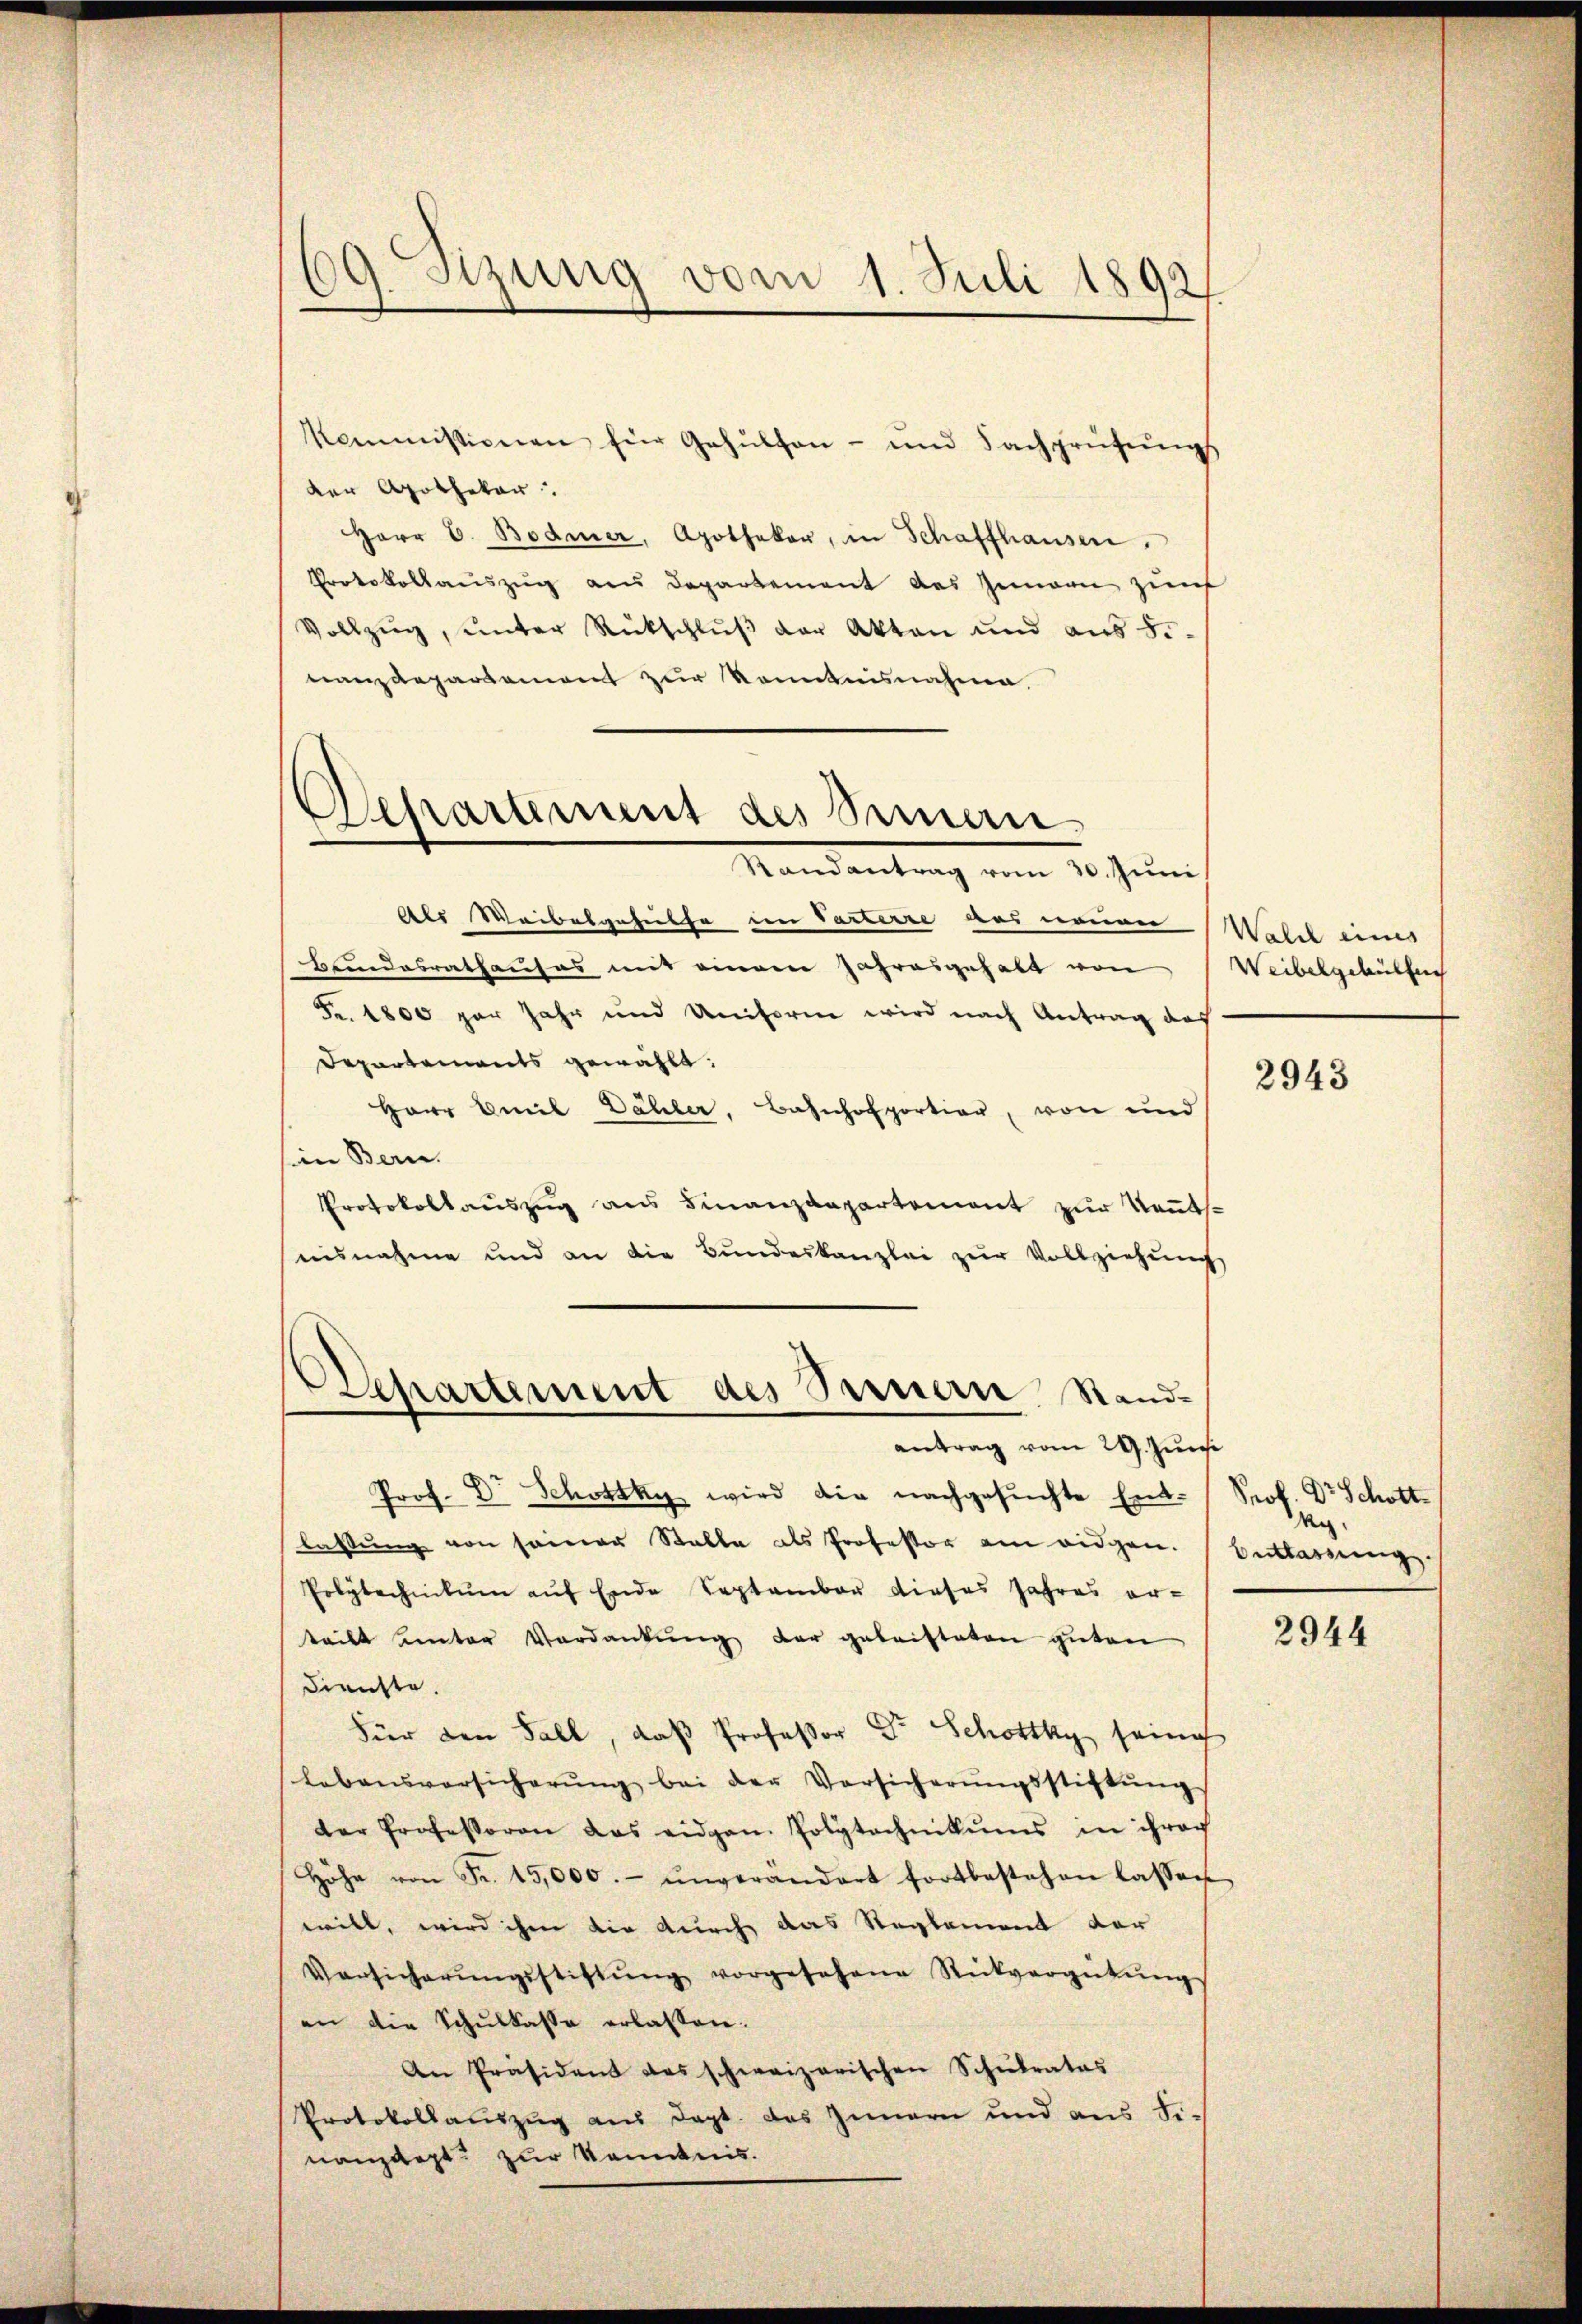
09. Sitzung vom 1. Juli 1892

Kommissionen für Gehülfen- und Sachprüfŭngs
der Apothekar
Herr D. Bodmer, Apotheker, in Schaffhausen,
Protokollauszug aus Departement des Gemann zur
Vollzŭg, ŭnter Rückschlŭβ der Akten und aus 50.
nanzdepartemont zur Kenntnisnahme.
Separung des Sere

Randantrag vom 20. Juni

Als Waibelgehülfe in Parterre aus neuen
Beundesrathauses mit einem Jahresgehalt von
Fr. 1800 par Jahr und Uniform wird nach Antrag des
Departements gewählt:
Herr Emil Dähler, Bahnhofportier, von und
in Bern.
Protokollaŭszŭg ans Finanzdepartement zŭr Keṅts.
ausnahme und an die Bundeskanzlei zur Vollziehung
antrag vom 29. Juni
Prof. Dr Schottky wird die nachgesuchte Ent-
lassung von seiner Stalle als Professor am eidgen.
Polytechnikum auf Ende September dieses Jahres er-
teilt unter Verdankŭng der geleisteten guten
Dienste.
Für den Fall, daß Professor Dr Schottky sein
Lebensversicherŭng bei der Vorsicherŭngsstiftŭng
der Professoren das eidgen. Polytechnikums in ihroch
Höhe von Fr. 15,000.- ŭnverändert fortbestehen lassen
will, wird ihm die durch das Reglement der
Versicherŭngsstiftŭng vorgesehene Rückvergütŭng
an die Schŭlkasse erlassen.
An Präsident das schweizerischen Schŭlrates
Protokollauszug aus dept. das Zimmern und aus Finanzdept zur Kenntnis.

Departement des Bernern, Stand-

Walch eines
Weibelgehülfe

2943

Prof. Dr. Schott
Rez.
Beilassung.

2944